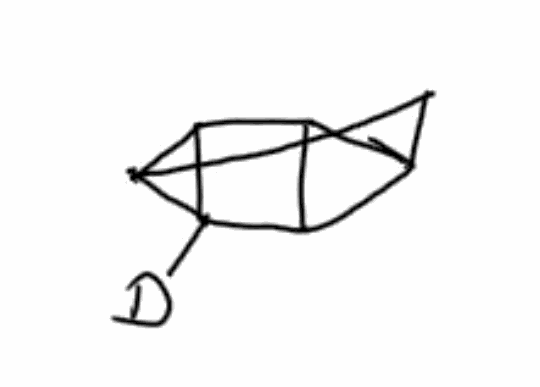
Simplified molecular-input line-entry system (SMILES) notation of the given molecule:
C1[C@H]([C@@H]([C@H](O[C@@H]1O)CO)O)O